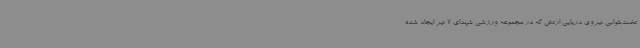
تخت‌خوابی نیروی دریایی ارتش که در مجموعه ورزشی شهدای 7 تیر ایجاد شده